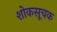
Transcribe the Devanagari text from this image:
शोकसूचक